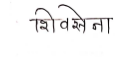
मजकूर: शिवसेना